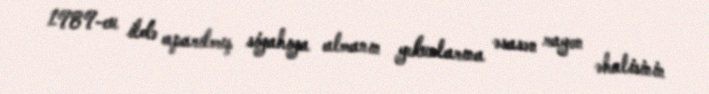
1989-cu ildə aparılmış siyahıya almanın yekunlarına əsasən rayon əhalisinin